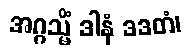
အဂ္ဂသ္မိံ ဒါနံ ဒဒတံ၊